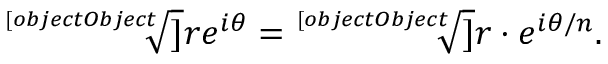
{ \sqrt [ [object Object] ] { r e ^ { i \theta } } } = { \sqrt [ [object Object] ] { r } } \cdot e ^ { i \theta / n } .